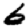
Digit: 6